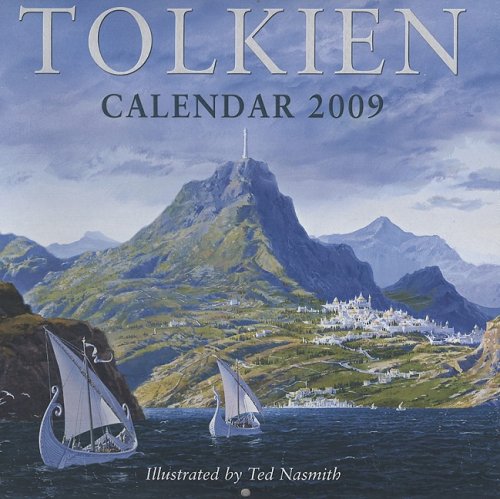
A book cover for Tolkien Calendar 2009; J. R. R. Tolkien; Calendars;